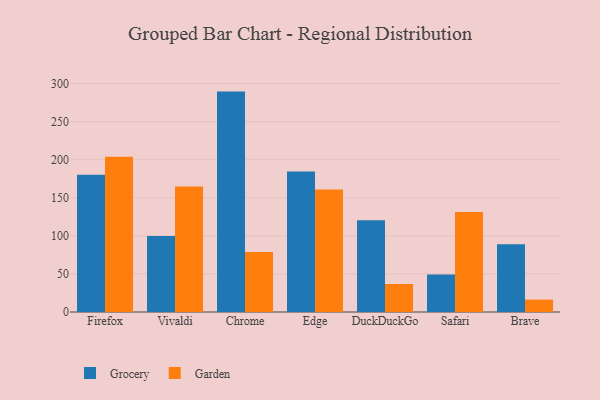
{"axis": {"x": "Browser", "y": "Waste Production (Tons)"}, "legend": ["Garden", "Grocery"], "data": [{"x": "Firefox", "y": 180.3, "type": "Grocery"}, {"x": "Firefox", "y": 203.9, "type": "Garden"}, {"x": "Vivaldi", "y": 99.9, "type": "Grocery"}, {"x": "Vivaldi", "y": 164.8, "type": "Garden"}, {"x": "Chrome", "y": 289.4, "type": "Grocery"}, {"x": "Chrome", "y": 78.9, "type": "Garden"}, {"x": "Edge", "y": 184.5, "type": "Grocery"}, {"x": "Edge", "y": 160.7, "type": "Garden"}, {"x": "DuckDuckGo", "y": 120.4, "type": "Grocery"}, {"x": "DuckDuckGo", "y": 36.8, "type": "Garden"}, {"x": "Safari", "y": 49.4, "type": "Grocery"}, {"x": "Safari", "y": 131.2, "type": "Garden"}, {"x": "Brave", "y": 89.1, "type": "Grocery"}, {"x": "Brave", "y": 16.3, "type": "Garden"}]}